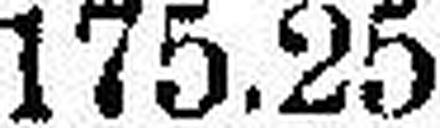
175.25